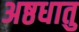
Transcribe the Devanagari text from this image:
अष्ठधातु